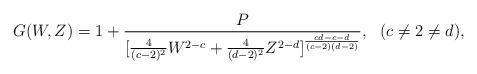
LaTeX: \begin{align*}G(W,Z)=1+{P\over{[{4\over{(c-2)^2}}W^{2-c}+{4\over{(d-2)^2}}Z^{2-d}]^{{cd-c-d}\over{(c-2)(d-2)}}}}, \ \ (c\neq 2\neq d),\end{align*}